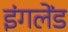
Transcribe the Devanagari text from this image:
इंगलेंड